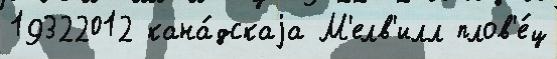
19322012 кана́дскаjа М'елв'илл плов'е́ц